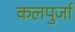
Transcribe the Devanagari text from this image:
कलपुर्जा